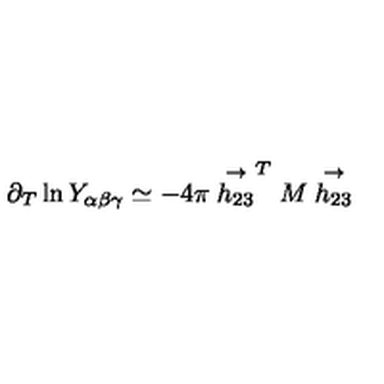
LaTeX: \partial _ { T } \ln Y _ { \alpha \beta \gamma } \simeq - 4 \pi \stackrel { \rightarrow } { h _ { 2 3 } } ^ { T } M \stackrel { \rightarrow } { h _ { 2 3 } }